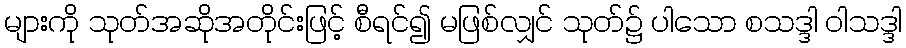
များကို သုတ်အဆိုအတိုင်းဖြင့် စီရင်၍ မဖြစ်လျှင် သုတ်၌ ပါသော စသဒ္ဒါ ဝါသဒ္ဒါ